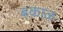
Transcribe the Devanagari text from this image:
बकाळ